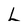
Character: L